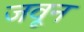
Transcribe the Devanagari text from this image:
जवून